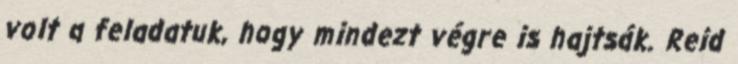
volt a feladatuk, hogy mindezt végre is hajtsák. Reid